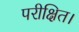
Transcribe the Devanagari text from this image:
परीक्षित।